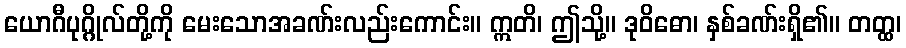
ယောဂီပုဂ္ဂိုလ်တို့ကို မေးသောအခဏ်းလည်းကောင်း။ ဣတိ၊ ဤသို့။ ဒုဝိဓော၊ နှစ်ခဏ်းရှိ၏။ တတ္ထ၊